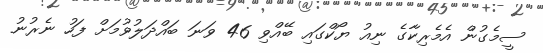
ސީމެގުން އެމެރިކާގެ ނިއު ޔޯކްގައި ބޭއްވި 46 ވަނަ ބައްދަލުވުމަށް ފަހު ނެރުނު